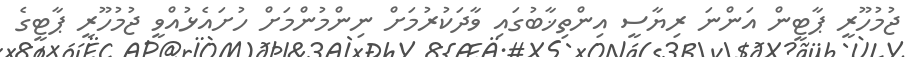
ޖުމުހޫރީ ޕާޓީން އަންނަ ރިޔާސީ އިންތިޚާބުގައި ވާދަކުރުމަށް ނިންމުންމަށް ހުށައެޅުއްވީ ޖުމުހޫރީ ޕާޓީގެ